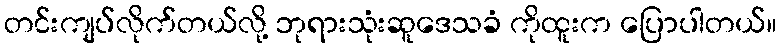
တင်းကျပ်လိုက်တယ်လို့ ဘုရားသုံးဆူဒေသခံ ကိုထူးက ပြောပါတယ်။